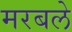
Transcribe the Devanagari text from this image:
मरबले